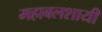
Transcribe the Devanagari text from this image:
महाबलशायी